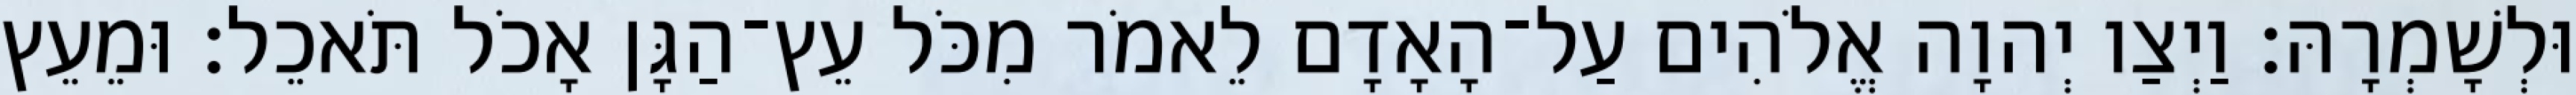
וּלְשָׁמְרָהּ׃ וַיְצַו יְהוָה אֱלֹהִים עַל־הָאָדָם לֵאמֹר מִכֹּל עֵץ־הַגָּן אָכֹל תֹּאכֵל׃ וּמֵעֵץ